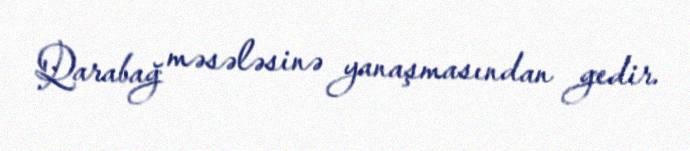
Qarabağ məsələsinə yanaşmasından gedir.